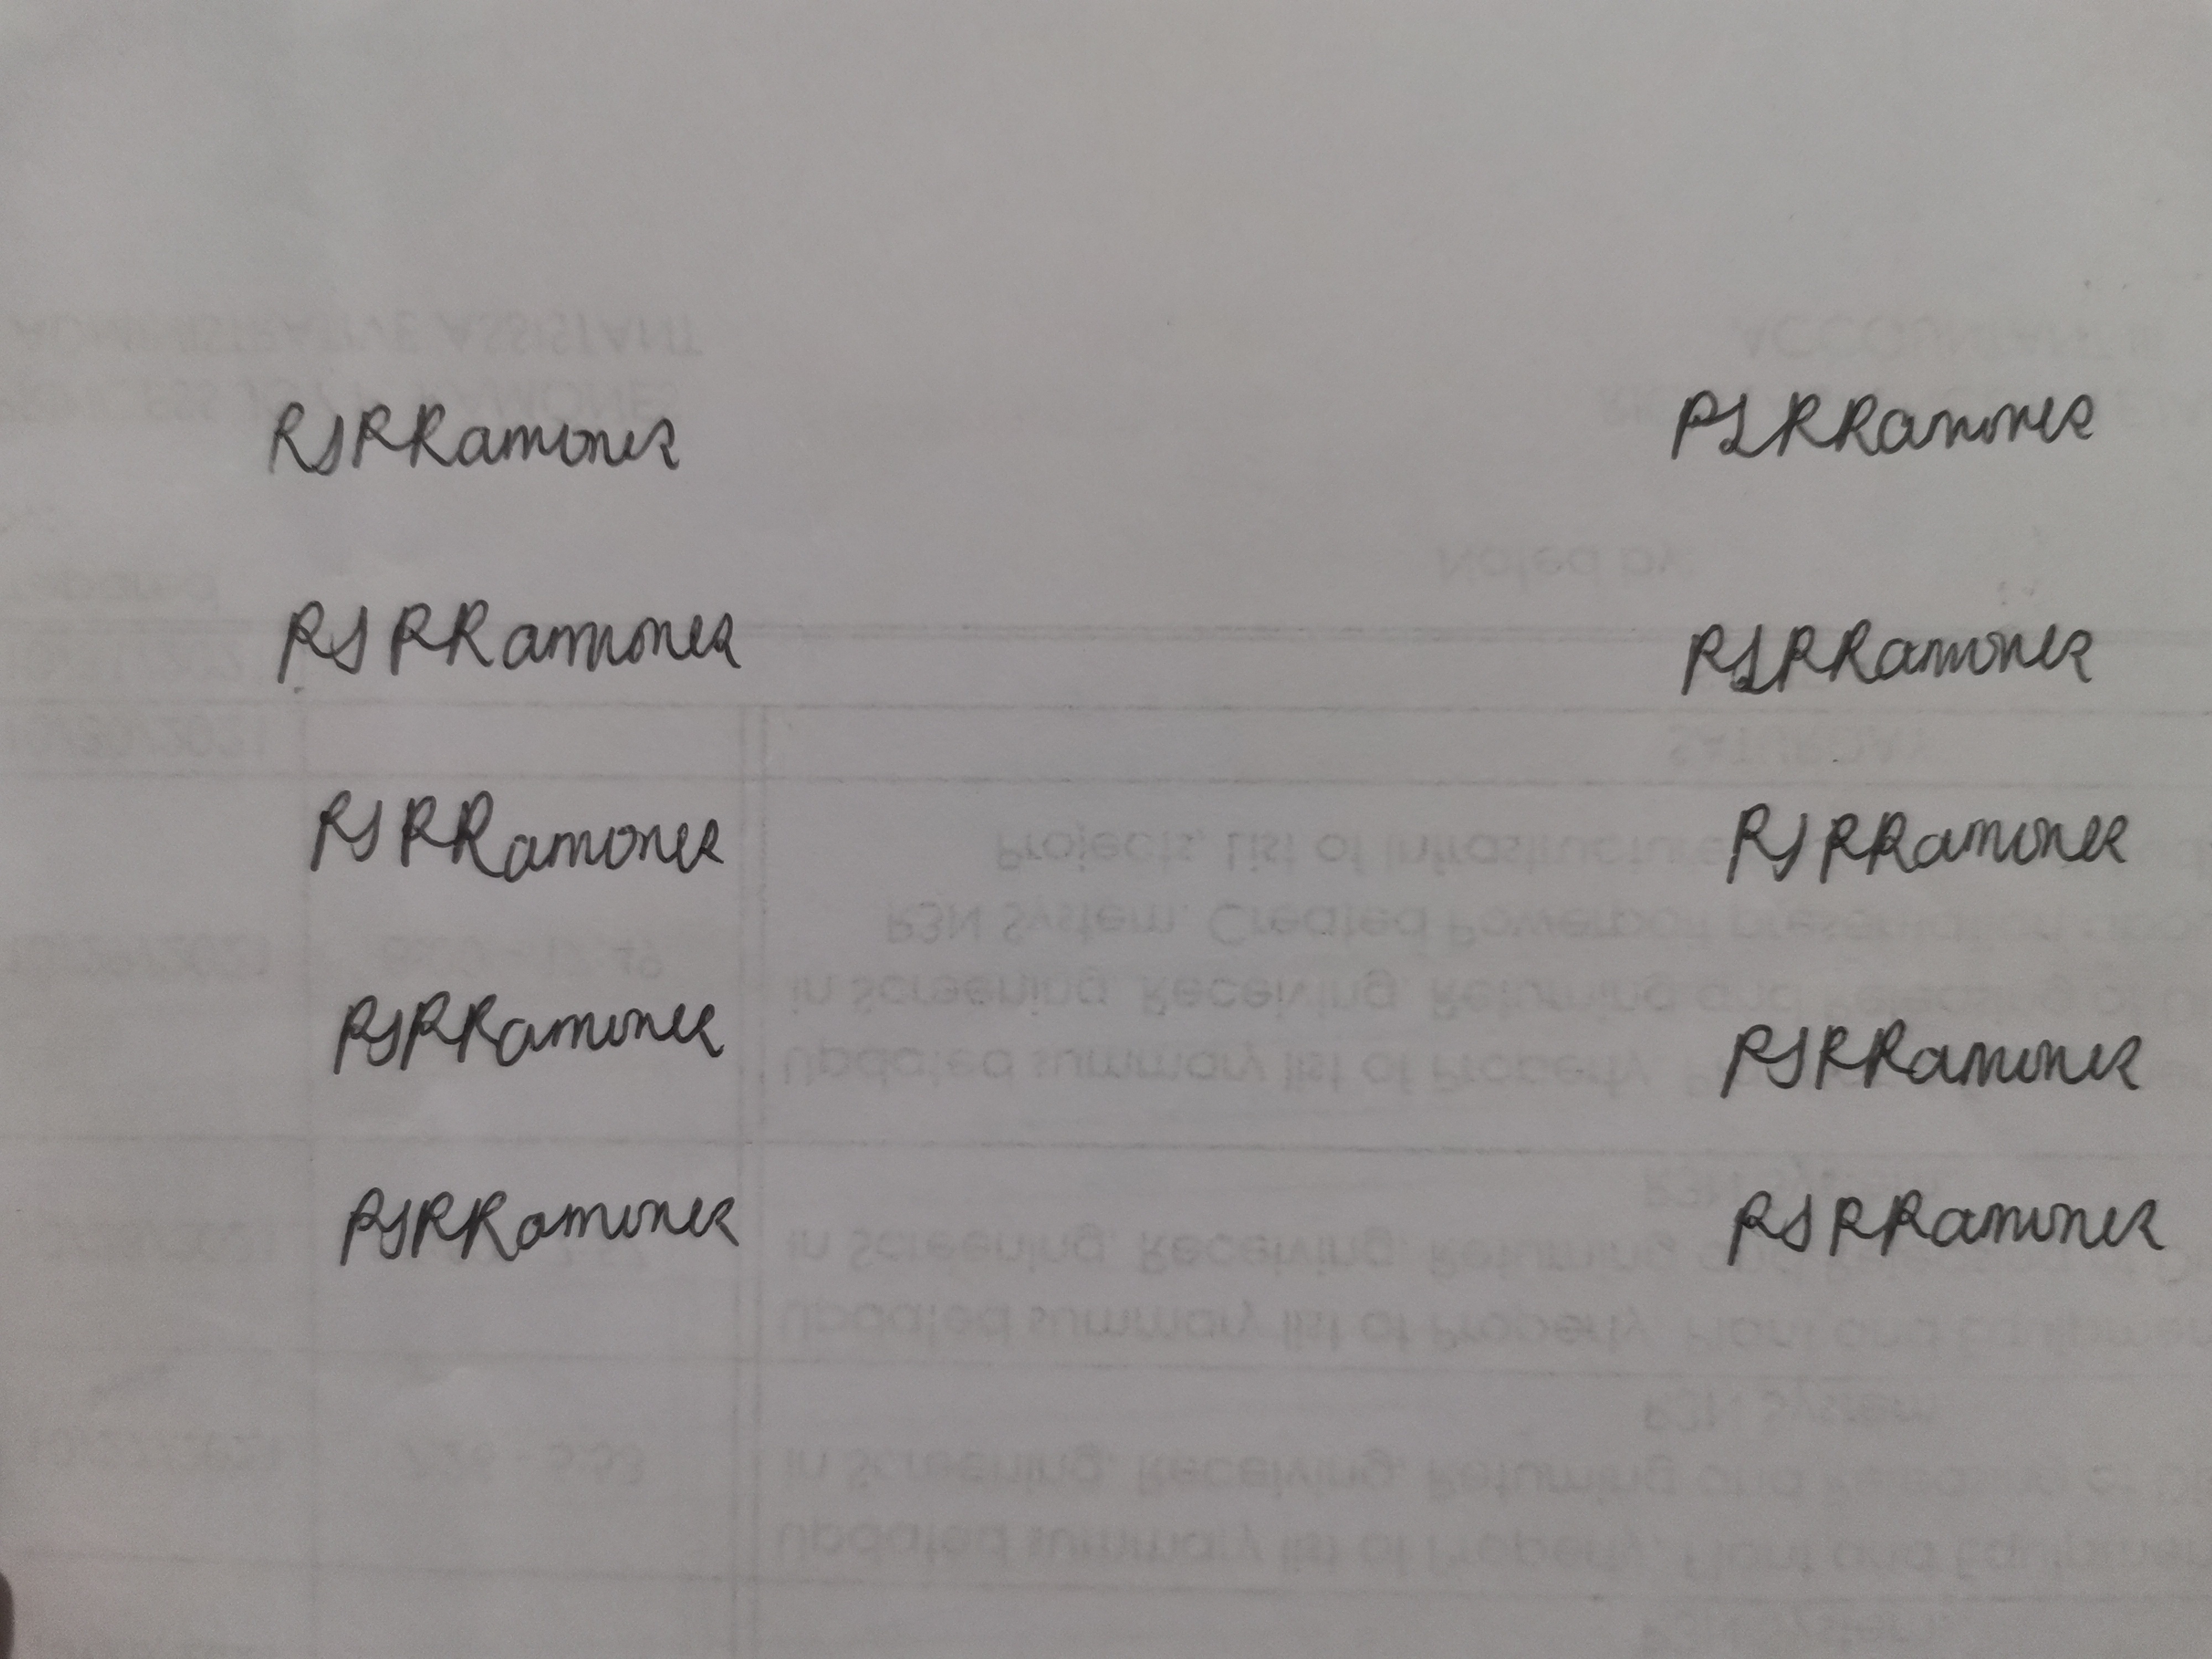
Signature authenticity: genuine